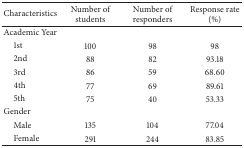
<table><thead><tr><td><b>Characteristics</b></td><td><b>Number of students</b></td><td><b>Number of responders</b></td><td><b>Response rate (%)</b></td></tr></thead><tbody><tr><td>Academic Year </td><td> </td><td> </td><td> </td></tr><tr><td> 1st </td><td>100</td><td>98</td><td>98</td></tr><tr><td> 2nd </td><td>88</td><td>82</td><td>93.18</td></tr><tr><td> 3rd </td><td>86</td><td>59</td><td>68.60</td></tr><tr><td> 4th </td><td>77</td><td>69</td><td>89.61</td></tr><tr><td> 5th </td><td>75</td><td>40</td><td>53.33</td></tr><tr><td>Gender</td><td> </td><td> </td><td> </td></tr><tr><td> Male</td><td>135</td><td>104</td><td>77.04</td></tr><tr><td> Female</td><td>291</td><td>244</td><td>83.85</td></tr></tbody></table>